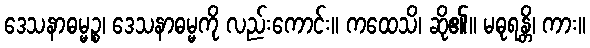
ဒေသနာဓမ္မဉ္စ၊ ဒေသနာဓမ္မကို လည်းကောင်း။ ကထေသိ၊ ဆို၏။ မဓုရန္တိ၊ ကား။